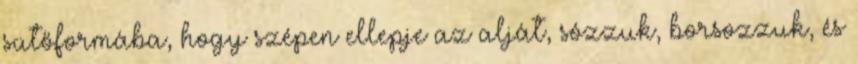
sütőformába, hogy szépen ellepje az alját, sózzuk, borsozzuk, és